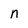
Character: n